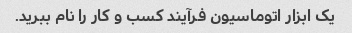
یک ابزار اتوماسیون فرآیند کسب و کار را نام ببرید.